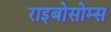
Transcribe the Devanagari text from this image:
राइबोसोम्स